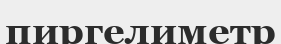
пиргелиметр